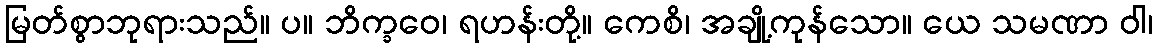
မြတ်စွာဘုရားသည်။ ပ။ ဘိက္ခဝေ၊ ရဟန်းတို့။ ကေစိ၊ အချို့ကုန်သော။ ယေ သမဏာ ဝါ၊